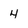
Character: 4